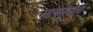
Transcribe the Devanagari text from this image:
मागमुसही